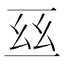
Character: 𠄮